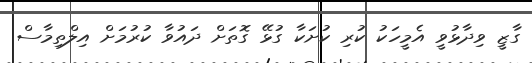
ގާޒީ ވިދާޅުވީ އެމީހަކު ކުރި ކުށަކާ ގުޅޭ ގޮތަށް ދައުވާ ކުރުމަށް އިލްތިމާސް